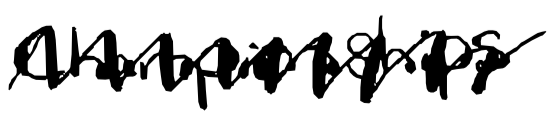
Text: Championships
Cross-out: zig-zag
Writing tool: digital_black